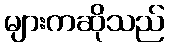
များကဆိုသည်